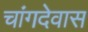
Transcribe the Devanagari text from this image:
चांगदेवास